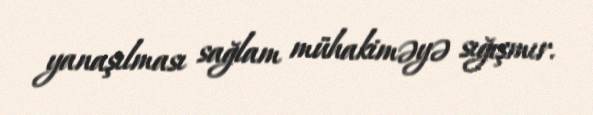
yanaşılması sağlam mühakiməyə sığışmır.